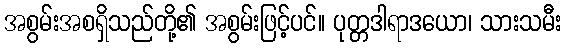
အစွမ်းအစရှိသည်တို့၏ အစွမ်းဖြင့်ပင်။ ပုတ္တဒါရာဒယော၊ သားသမီး